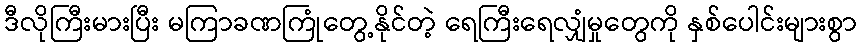
ဒီလိုကြီးမားပြီး မကြာခဏကြုံတွေ့နိုင်တဲ့ ရေကြီးရေလျှံမှုတွေကို နှစ်ပေါင်းများစွာ